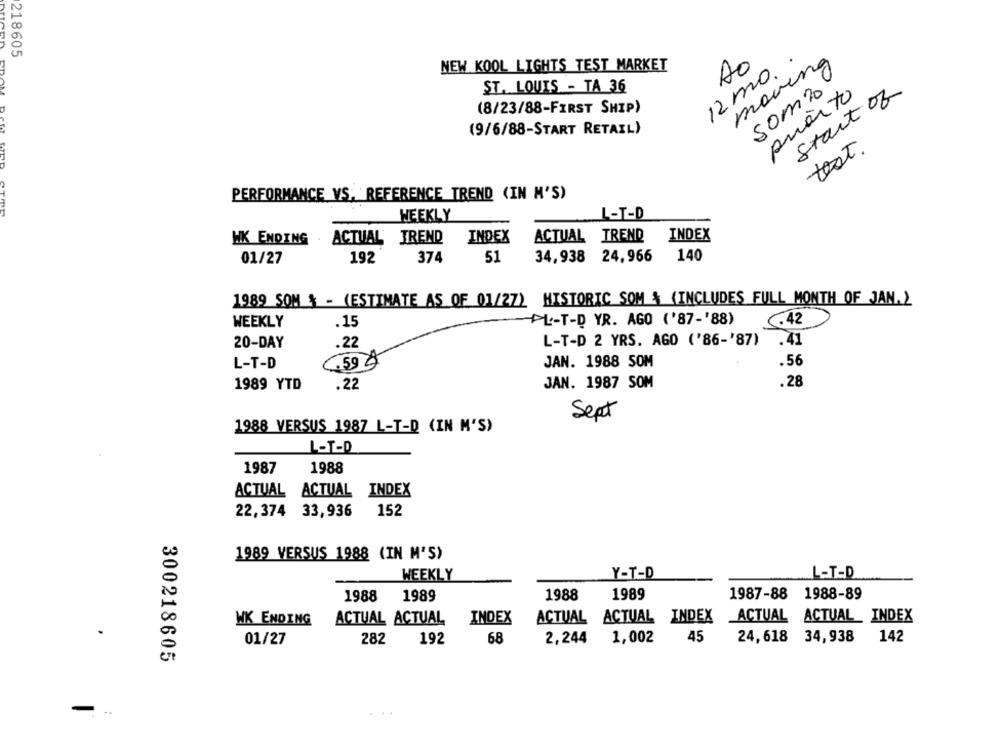
218605
NEW KOOL LIGHTS TEST MARKET
12 mo ..
Ao
moving
som2
ST. LOUIS - TA 36
Start of
quanto
(8/23/88-FIRST SHIP)
(9/6/88-START RETAIL)
test.
PERFORMANCE VS. REFERENCE TREND (IN M'S)
WEEKLY
L-T-D
ACTUAL TREND
INDEX
ACTUAL TREND
INDEX
HK ENDING
01/27
192
374
51
34,938 24,966
140
1989 SOM + - (ESTIMATE AS OF 01/27) HISTORIC SOM & (INCLUDES FULL MONTH OF JAN. )
WEEKLY
-PL-T-D YR. AGO ('87-'88)
.42
.15
20-DAY
.22
L-T-D 2 YRS. AGO ('86-'87)
.41
L-T-D
C.59 2
JAN. 1988 SOM
.56
.28
1989 YTD
.22
JAN. 1987 SOM
Sept
1988 VERSUS 1987 L-T-D (IN M'S)
L-T-D
1987
1988
ACTUAL ACTUAL INDEX
22,374 33,936
152
1989 VERSUS 1988 (IN M'S)
WEEKLY
Y-T-D
L-T-D
1988
1989
1988
1989
1987-88 1988-89
WK ENDING
ACTUAL ACTUAL
INDEX
ACTUAL ACTUAL INDEX ACTUAL ACTUAL_ INDEX
45
01/27
282
192
68
2,244
1,002
24,618 34,938
142
300218605
-